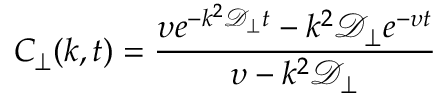
\ensuremath { C _ { \! \! \: \perp } } ( k , t ) = \frac { \upsilon e ^ { - k ^ { 2 } \ensuremath { \mathcal { D } _ { \perp } } t } - k ^ { 2 } \ensuremath { \mathcal { D } _ { \perp } } e ^ { - \upsilon t } } { \upsilon - k ^ { 2 } \ensuremath { \mathcal { D } _ { \perp } } }